画像に写った文字を読んでください
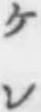
「ケレ」と書いてあります